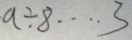
a \div 8 \cdots 3